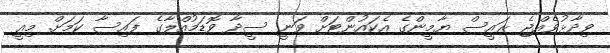
ވިދާޅުވެއްޖެ ރައީސް ޔާމީންގެ އެކައުންޓަށް ވަނީ ސީދާ ވޮޑަމުއްލާގެ ފައިސާ ކަމަށް. މިއީ